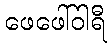
ဖေဖေါ်ဝါရီ